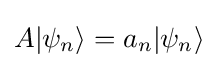
A|\psi _{n}\rangle =a_{n}|\psi _{n}\rangle